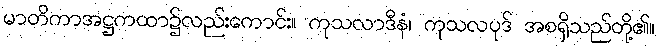
မာတိကာအဋ္ဌကထာ၌လည်းကောင်း။ ကုသလာဒီနံ၊ ကုသလပုဒ် အစရှိသည်တို့၏။